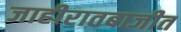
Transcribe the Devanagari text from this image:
जाहीरातबाजीत